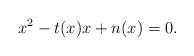
\begin{align*}x^2 - t(x)x + n(x) = 0.\end{align*}